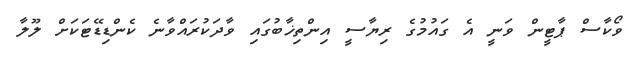
ވޯކާސް ޕާޓީން ވަނީ އެ ގައުމުގެ ރިޔާސީ އިންތިޚާބުގައި ވާދަކުރައްވާނެ ކެންޑިޑޭޓަކަށް ލޫލާ